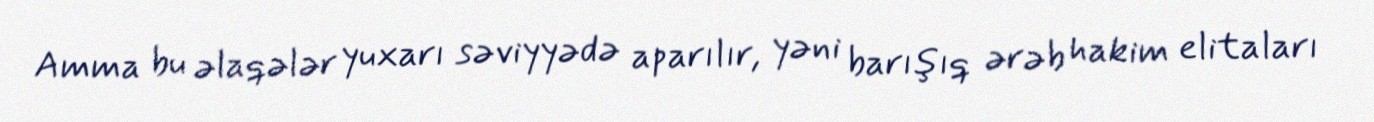
Amma bu əlaqələr yuxarı səviyyədə aparılır, yəni barışıq ərəb hakim elitaları